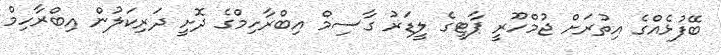
ބޭފުޅެއްގެ އިތުރަށް ޖުމްހޫރީ ޕާޓީގެ ލީޑަރު ގާސިމް އިބްރާހިމްގެ ދޮށީ ދަރިކަލުން އިބްރާހިމް